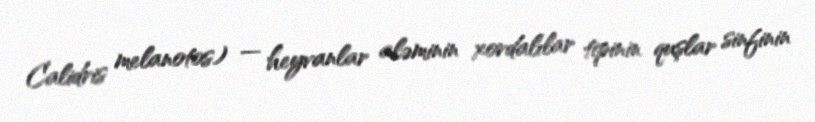
Calidris melanotos) — heyvanlar aləminin xordalılar tipinin quşlar sinfinin